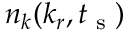
n _ { k } ( k _ { r } , t _ { \textrm { s } } )